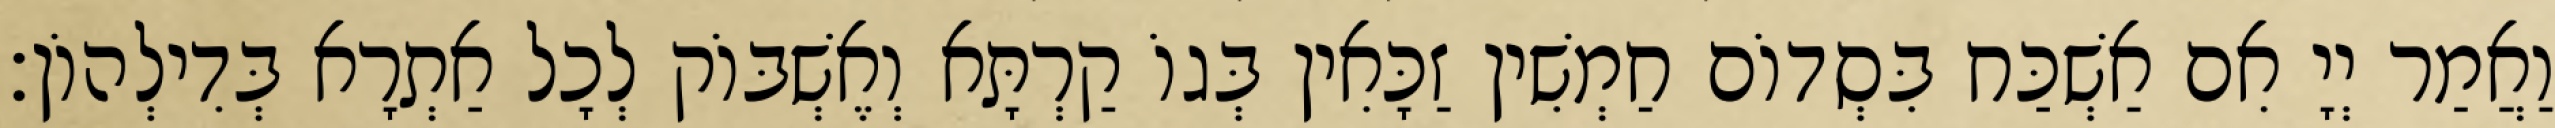
וַאֲמַר יְיָ אִם אַשְׁכַּח בִּסְדוֹם חַמְשִׁין זַכָּאִין בְּגוֹ קַרְתָּא וְאֶשְׁבּוֹק לְכָל אַתְרָא בְּדִילְהוֹן׃